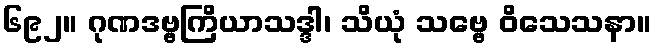
၆၉၂။ ဂုဏဒဗ္ဗကြိယာသဒ္ဒါ၊ သိယုံ သဗ္ဗေ ဝိသေသနာ။